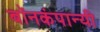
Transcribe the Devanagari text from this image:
बॉनकंपान्यी